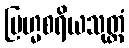
ဗြဟ္မစရိယသုတ္တံ